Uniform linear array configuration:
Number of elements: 64
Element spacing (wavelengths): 1
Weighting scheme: binomial
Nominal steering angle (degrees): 60
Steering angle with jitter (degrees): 61.773
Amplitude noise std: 0.05
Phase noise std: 0.05

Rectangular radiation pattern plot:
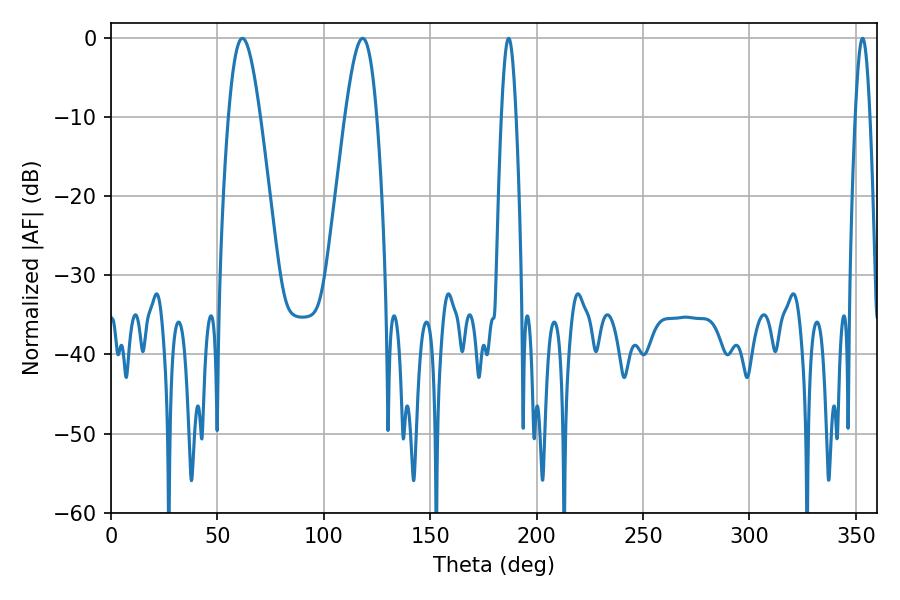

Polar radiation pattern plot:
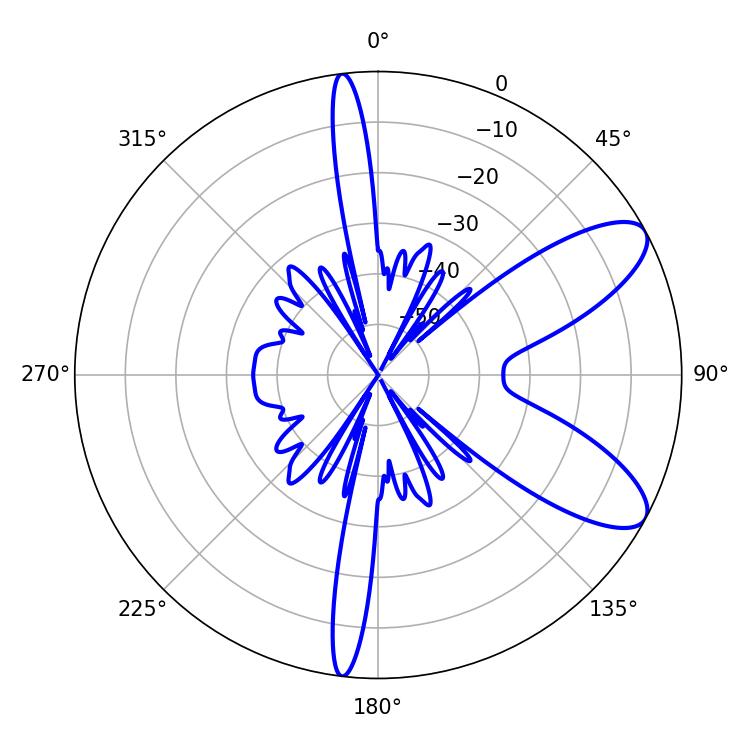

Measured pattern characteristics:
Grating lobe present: TRUE
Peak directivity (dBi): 8.975
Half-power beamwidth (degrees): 3.6
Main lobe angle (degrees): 186.84